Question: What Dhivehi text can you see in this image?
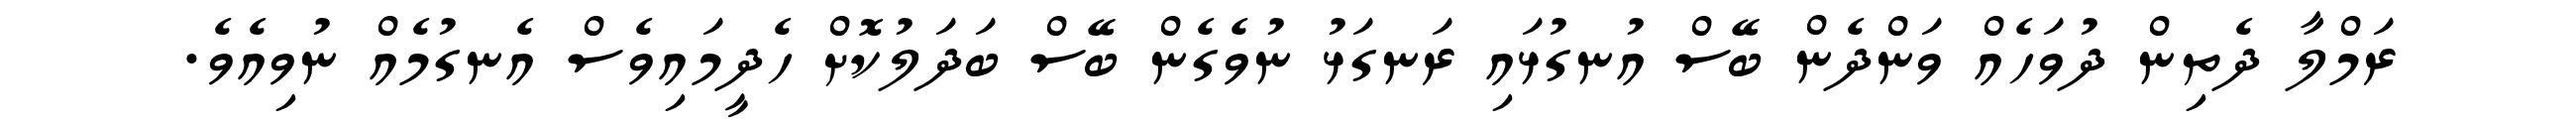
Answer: ރަމްލާ ދެތިން ދުވަހެއް ވަންދެން ބޭސް އުނގުޅައި ރަނގަޅު ނުވެގެން ބޭސް ބަދަލުކޮށް ހެދީމައިވެސް އެނގުމެއް ނުވިއެވެ.